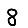
Digit: 8